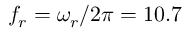
f _ { r } = \omega _ { r } / 2 \pi = 1 0 . 7